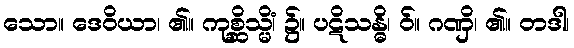
သော။ ဒေဝိယာ၊ ၏။ ကုစ္ဆိသ္မိံ၊ ၌။ ပဋိသန္ဓိ၊ ဝ်။ ဂဏှိ၊ ၏။ တဒါ၊